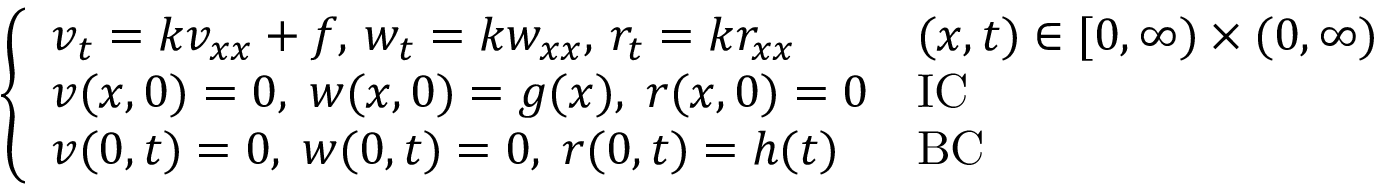
{ \left\{ \begin{array} { l l } { v _ { t } = k v _ { x x } + f , \, w _ { t } = k w _ { x x } , \, r _ { t } = k r _ { x x } } & { ( x , t ) \in [ 0 , \infty ) \times ( 0 , \infty ) } \\ { v ( x , 0 ) = 0 , \; w ( x , 0 ) = g ( x ) , \; r ( x , 0 ) = 0 } & { { \mathrm { I C } } } \\ { v ( 0 , t ) = 0 , \; w ( 0 , t ) = 0 , \; r ( 0 , t ) = h ( t ) } & { { \mathrm { B C } } } \end{array} \right. }